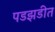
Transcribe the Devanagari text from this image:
पडझडीत